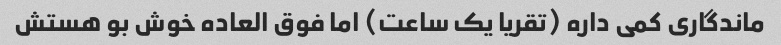
ماندگاری کمی داره (تقریا یک ساعت) اما فوق العاده خوش بو هستش